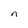
Character: n